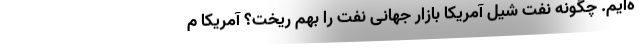
ه‌ایم. چگونه نفت شیل آمریکا بازار جهانی نفت را بهم ریخت؟ آمریکا م